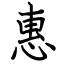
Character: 惠